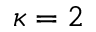
\kappa = 2